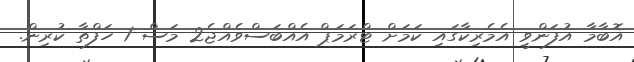
އޮބާމާ އުފަންވީ އެމެރިކާގައި ކަމަށް ޓްރަމަޕް އެއްބަސްވެއްޖެ2 މަސް 1 ހަފްތާ ކުރިން.